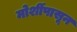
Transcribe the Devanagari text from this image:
मोर्शीपासून